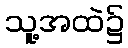
သူ့အထဲ၌